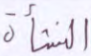
النشأة